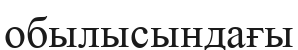
обылысындағы